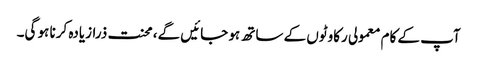
آپ کے کام معمولی رکاوٹوں کے ساتھ ہو جائیں گے، محنت ذرازیادہ کرنا ہو گی۔